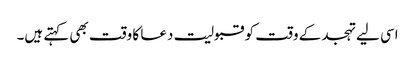
اسی لیے تہجد کے وقت کو قبولیت دعا کا وقت بھی کہتے ہیں۔